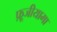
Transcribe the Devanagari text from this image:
फ़ूजीयामा